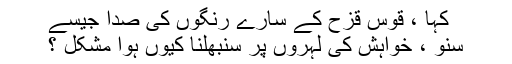
کہا ، قوسِ قزح کے سارے رنگوں کی صدا جیسے
سُنو ، خواہش کی لہروں پر سنبھلنا کیوں ہوا مُشکل ؟